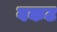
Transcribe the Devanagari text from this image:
वकट